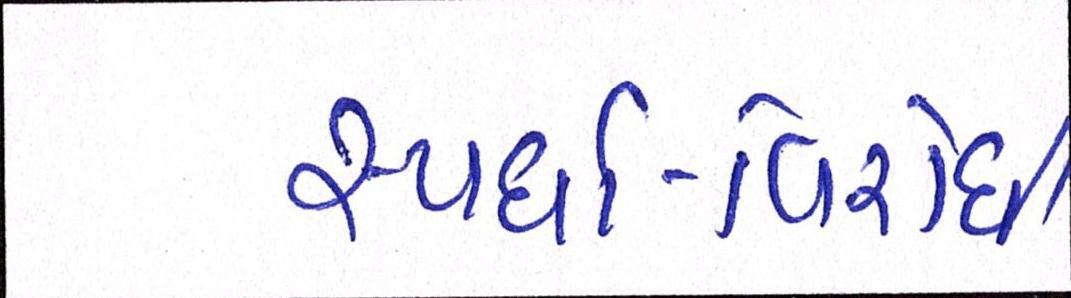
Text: સ્પર્ધા-વિરોધી